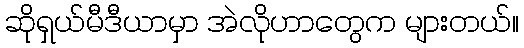
ဆိုရှယ်မီဒီယာမှာ အဲလိုဟာတွေက များတယ်။